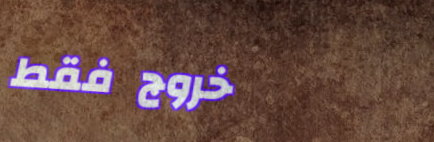
خروج فقط